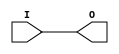
module OBUF (/*AUTOARG*/
   // Outputs
   O,
   // Inputs
   I
   );

    parameter CAPACITANCE   = "DONT_CARE";
    parameter integer DRIVE = 12;
    parameter IOSTANDARD    = "DEFAULT";
`ifdef XIL_TIMING
    parameter LOC = " UNPLACED";
`endif
    parameter SLEW = "SLOW";
   
   output 	      O;
   input 	      I;
   
   wire 	      GTS = 1'b0;  //Note, uses globals, ugly! 

   bufif0 B1 (O, I, GTS);
    
endmodule